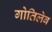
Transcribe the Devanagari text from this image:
गोतिलेब